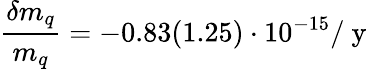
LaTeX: \frac{\delta m_{q}}{m_{q}}=-0.83(1.25)\cdot 10^{-15}/\mathrm{~y~}